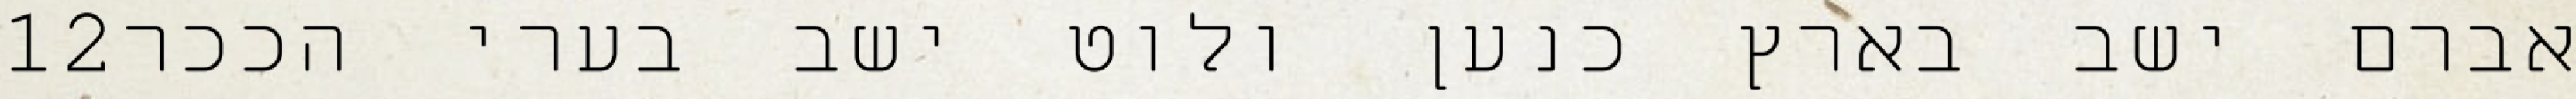
‎12‏ אברם ישב בארץ כנען ולוט ישב בערי הככר